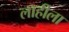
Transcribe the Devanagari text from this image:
लाहीला